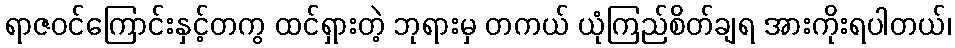
ရာဇဝင်ကြောင်းနှင့်တကွ ထင်ရှားတဲ့ ဘုရားမှ တကယ် ယုံကြည်စိတ်ချရ အားကိုးရပါတယ်၊